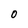
Character: O